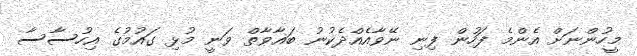
މީހުންނަށް އެންމެ ފަހުން ފިނި ނޭވާއެއްދެކުނު ބަޣާވާތް ވަނީ މުޅި ގައުމުގެ އިހުސާސާ